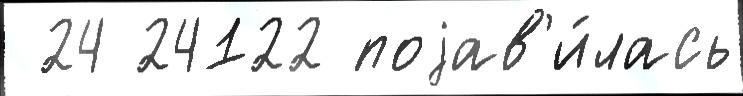
 24 24122 поjав'и́лась